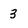
Character: 3